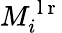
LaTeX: M_{i}^{\mathrm{~l~r~}}